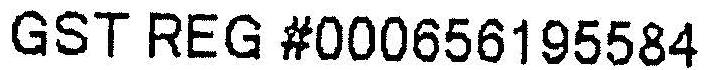
GST REG #000656195584